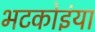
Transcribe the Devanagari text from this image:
भटकोइंया